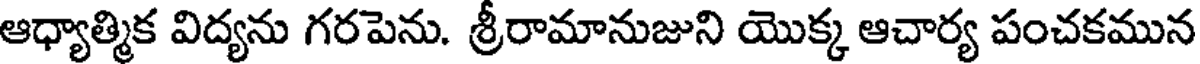
ఆధ్యాత్మిక విద్యను గరపెను. శ్రీరామానుజుని యొక్క ఆచార్య పంచకమున